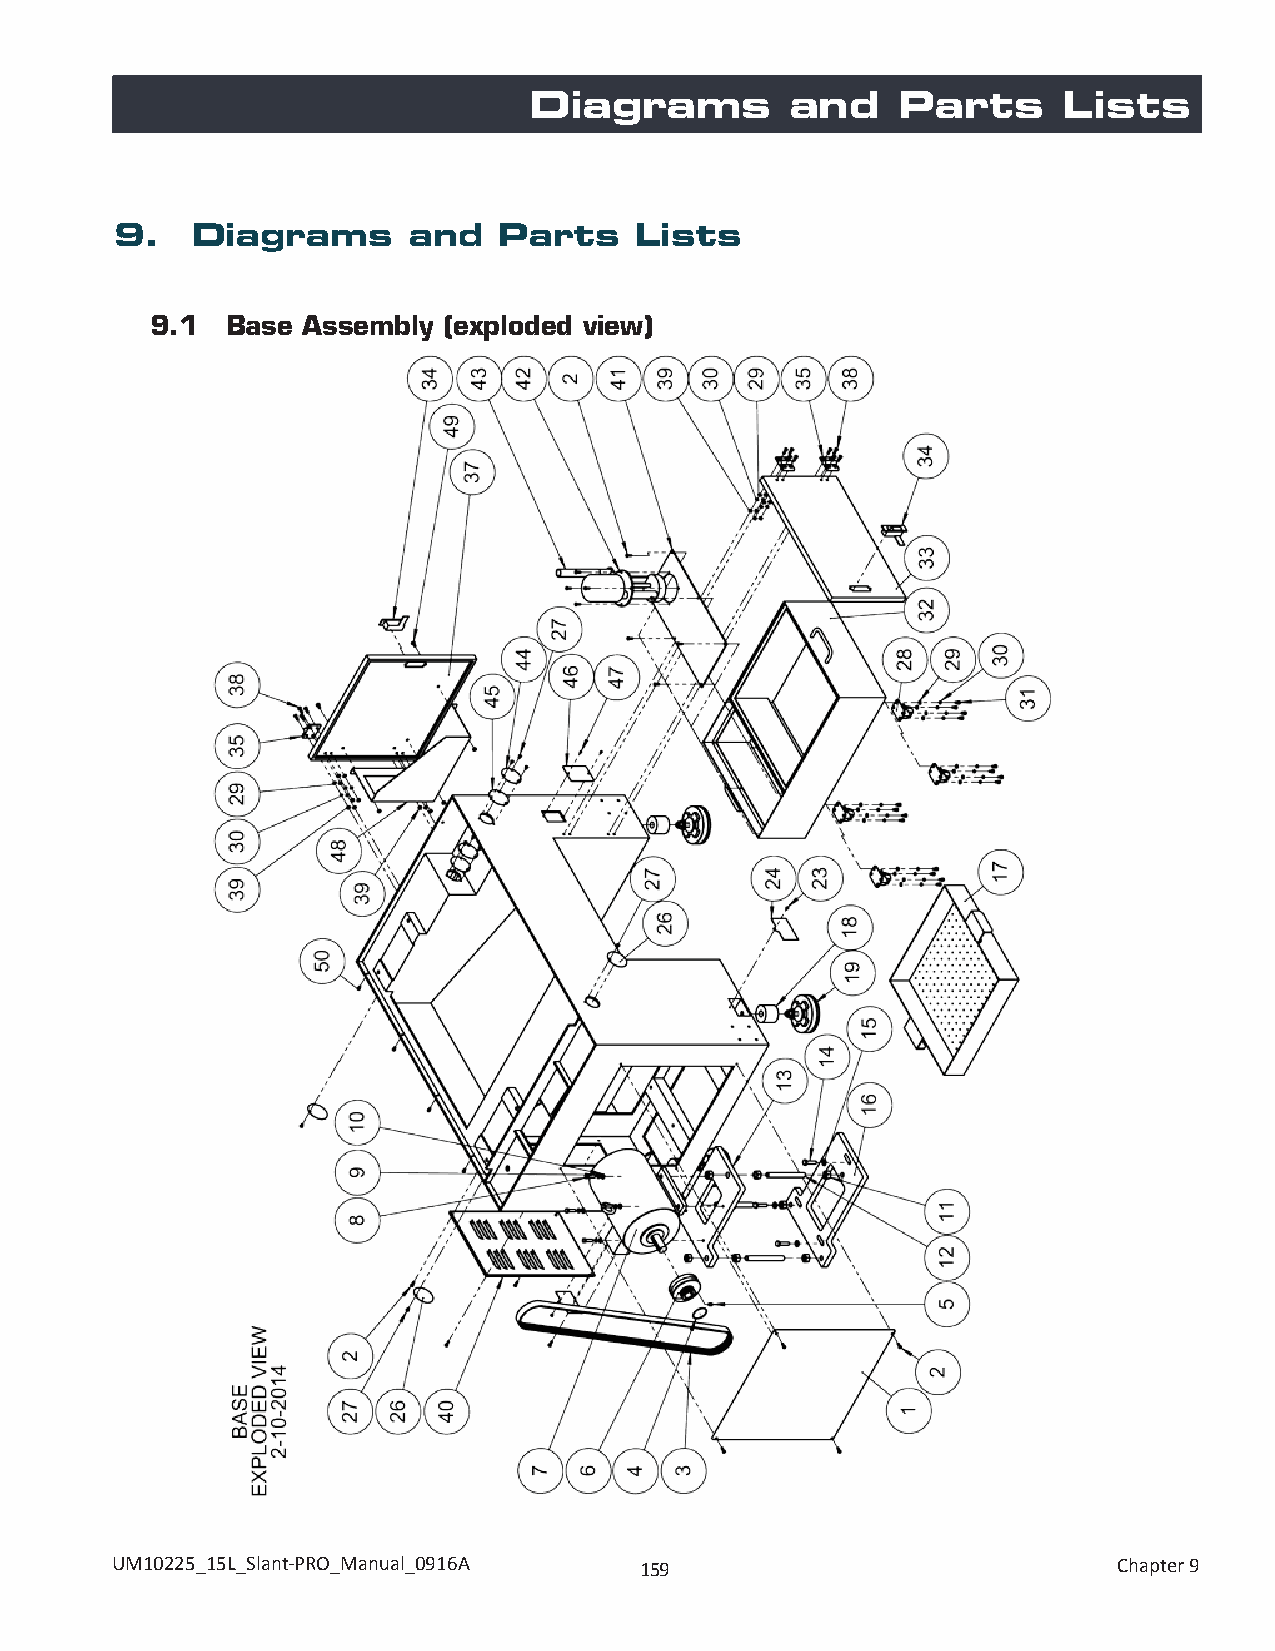
Diagrams         and     Parts     Lists
 9.   Diagrams      and   Parts    Lists
 9.1  Base Assembly (exploded view)
 UM10225_15L_Slant-PRO_Manual_0916A 159                             Chapter 9